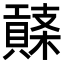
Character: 𧷱